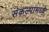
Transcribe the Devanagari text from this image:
संकल्पामध्ये